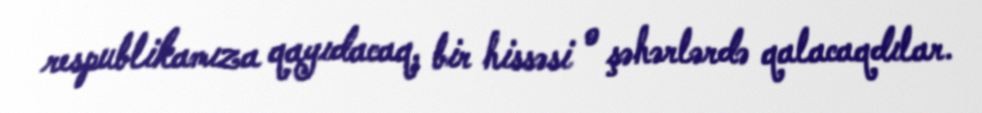
respublikamıza qayıdacaq, bir hissəsi o şəhərlərdə qalacaqdılar.